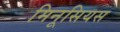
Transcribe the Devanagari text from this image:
मिनूसियस